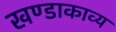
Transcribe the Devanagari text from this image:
खण्डाकाव्य